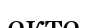
екте